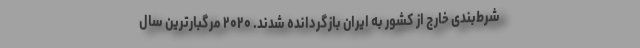
شرط‌بندی خارج از کشور به ایران بازگردانده شدند. ۲۰۲۰ مرگبارترین سال